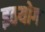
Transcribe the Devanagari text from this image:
इठयोग